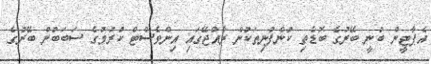
އެޕާޓީން ބުނީ ބޭރުގެ ބޮޑެތި ކުންފުނިތަކުން ރާއްޖޭގައި އިންވެސްޓް ކުރުމުގެ ސަބަބުން ބޭރުގެ